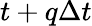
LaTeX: t+q\Delta t